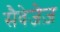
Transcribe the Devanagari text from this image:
सैवेजेज़